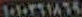
١٠١٠٣٦١٨٦٩